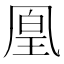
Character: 凰